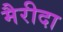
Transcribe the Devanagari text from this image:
मैरीदा